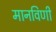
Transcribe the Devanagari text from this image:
मानविणी